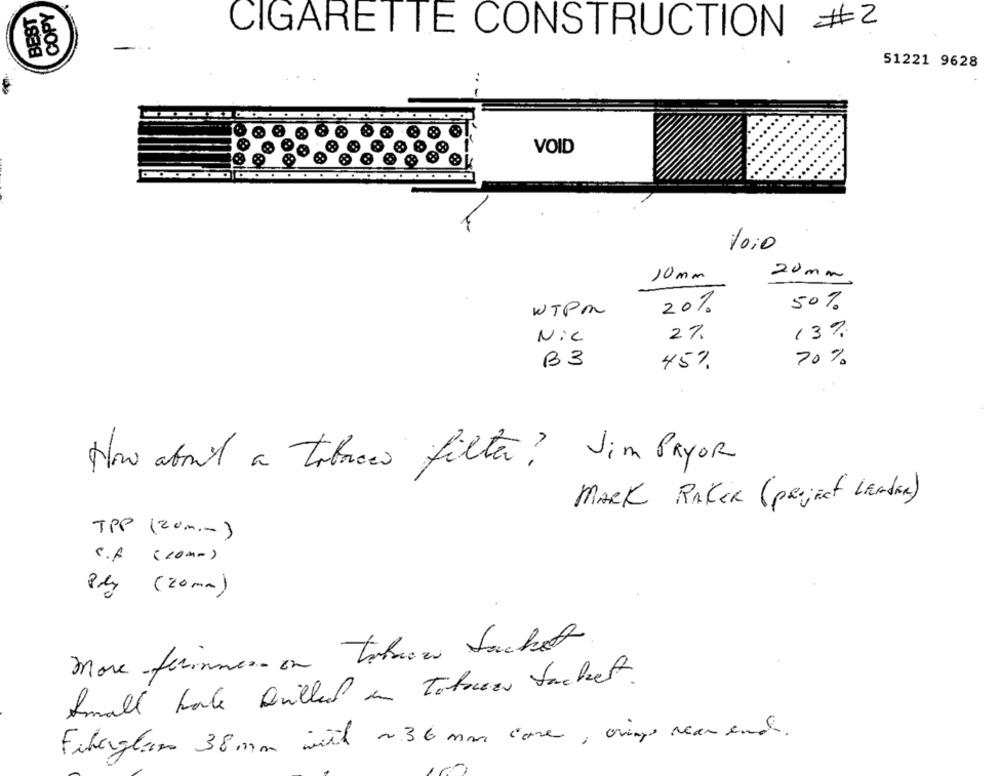
BEST
COPY
CIGARETTE CONSTRUCTION #2
51221 9628
VOID
10:0
10 mm
20 mm
20%
50%
WTPM
27.
13%.
Nic
B3
45%
70%
How about a tobacco filter? Jim PryOR
MARK RAKER (project LEADER)
TPP (zum .- )
C.f ( com-)
Ply (20 mm)
- takun Sachet
more-ferinnen-on
Small hate Drilled in Totocres tocket .
Filaglan 38mm with ~36 mm care, oringe rear end.